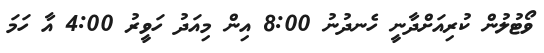
ވޯޓުލުން ކުރިއަށްދާނީ ހެނދުނު 8:00 އިން މިއަދު ހަވީރު 4:00 އާ ހަމަ